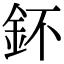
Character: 鈈